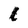
Character: l